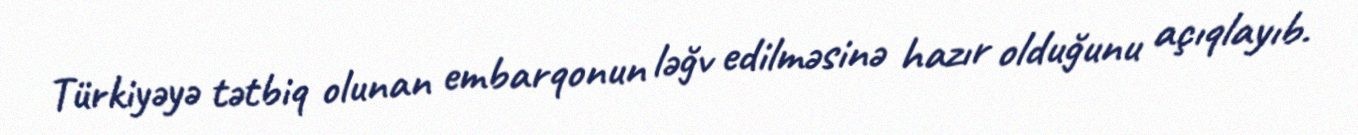
Türkiyəyə tətbiq olunan embarqonun ləğv edilməsinə hazır olduğunu açıqlayıb.